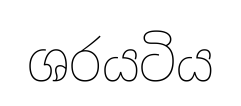
ශරයටිය